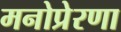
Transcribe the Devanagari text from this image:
मनोप्रेरणा